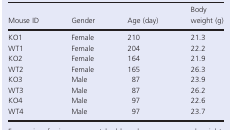
<table><thead><tr><td><b>Mouse ID</b></td><td><b>Gender</b></td><td><b>Age (day)</b></td><td><b>Body weight (g)</b></td></tr></thead><tbody><tr><td>KO1</td><td>Female</td><td>210</td><td>21.3</td></tr><tr><td>WT1</td><td>Female</td><td>204</td><td>22.2</td></tr><tr><td>KO2</td><td>Female</td><td>164</td><td>21.9</td></tr><tr><td>WT2</td><td>Female</td><td>165</td><td>26.3</td></tr><tr><td>KO3</td><td>Male</td><td>87</td><td>23.9</td></tr><tr><td>WT3</td><td>Male</td><td>87</td><td>26.2</td></tr><tr><td>KO4</td><td>Male</td><td>97</td><td>22.6</td></tr><tr><td>WT4</td><td>Male</td><td>97</td><td>23.7</td></tr></tbody></table>